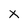
Character: X